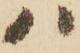
ハ